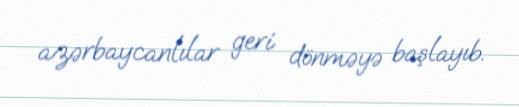
azərbaycanlılar geri dönməyə başlayıb.